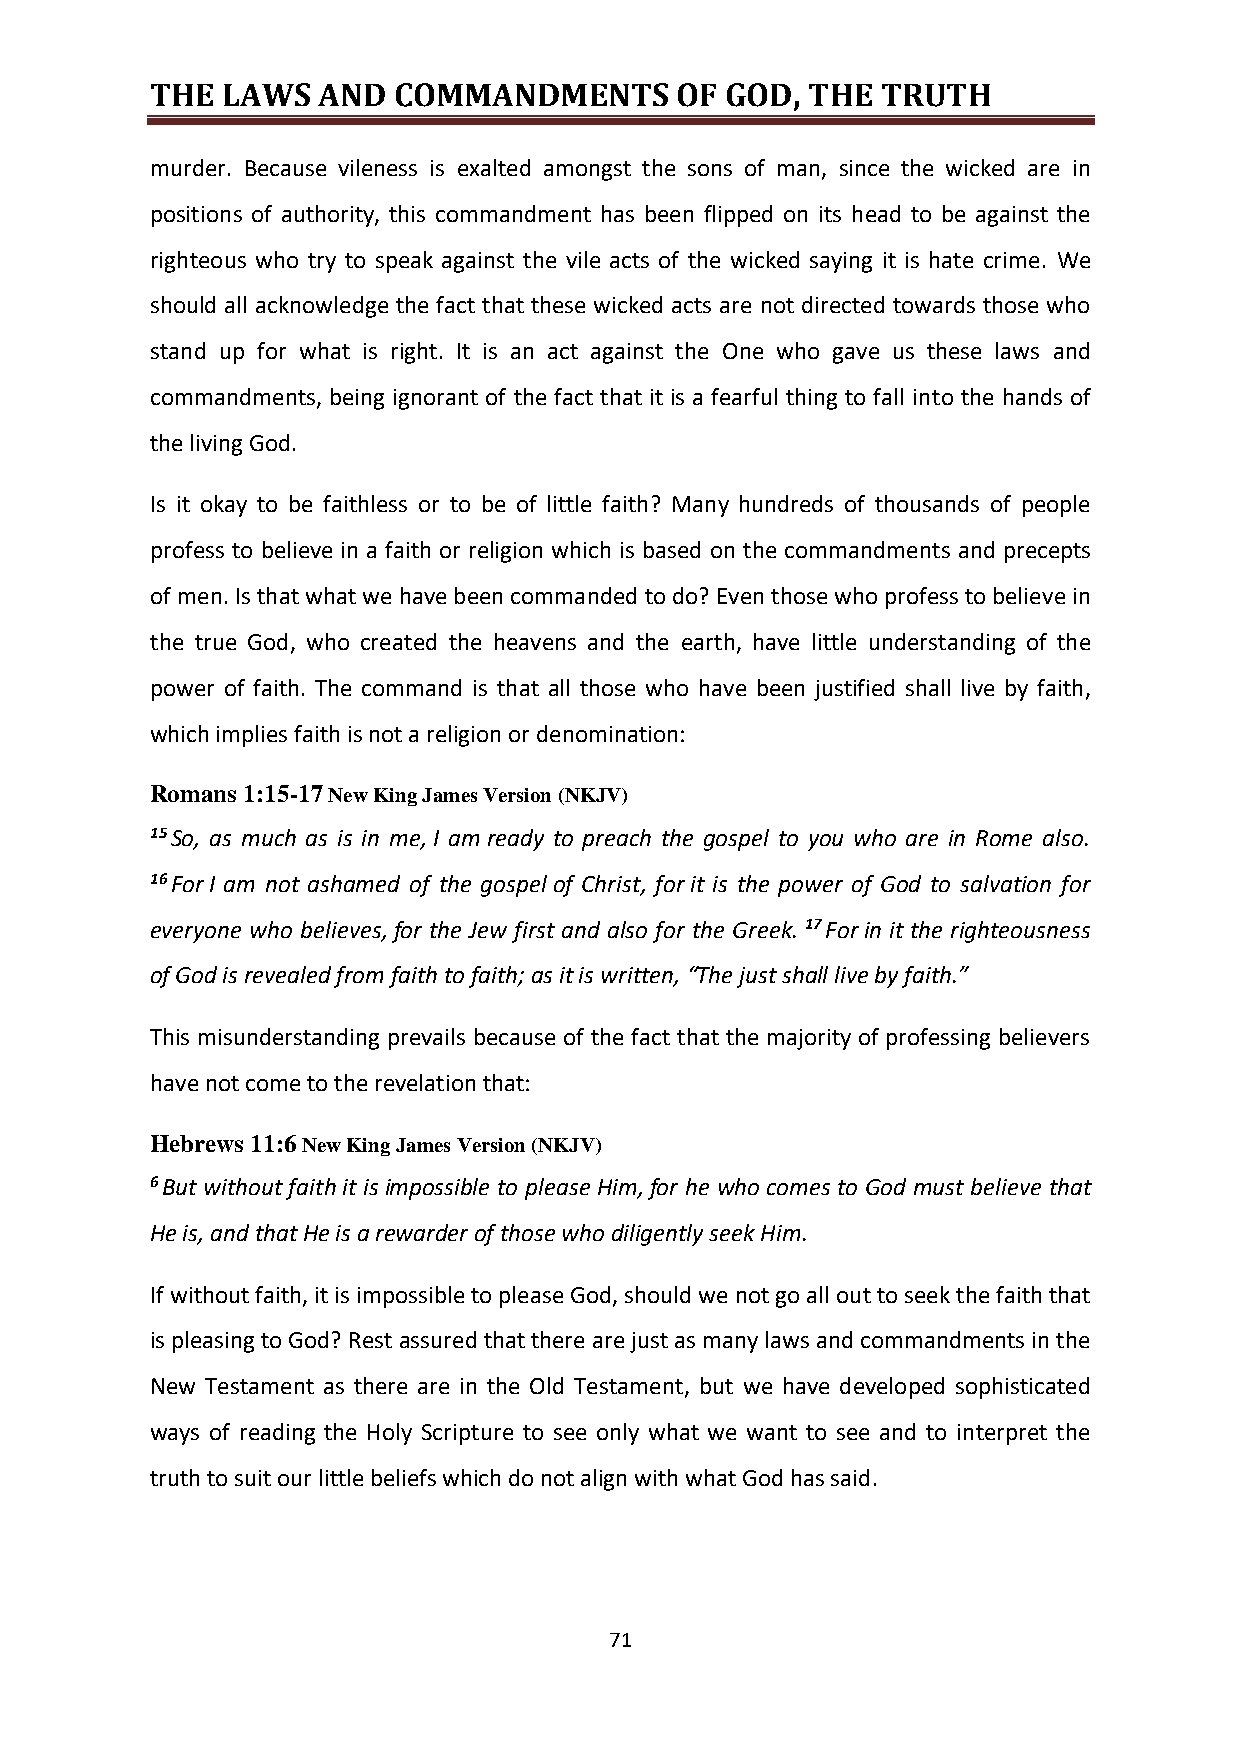
THE  LAWS  AND  COMMANDMENTS       OF GOD, THE  TRUTH
 murder. Because vileness is exalted amongst the sons of man, since the wicked are in
 positions of authority, this commandment has been flipped on its head to be against the
 righteous who try to speak against the vile acts of the wicked saying it is hate crime. We
 should all acknowledge the fact that these wicked acts are not directed towards those who
 stand up for what is right. It is an act against the One who gave us these laws and
 commandments, being ignorant of the fact that it is a fearful thing to fall into the hands of
 the living God.
 Is it okay to be faithless or to be of little faith? Many hundreds of thousands of people
 profess to believe in a faith or religion which is based on the commandments and precepts
 of men. Is that what we have been commanded to do? Even those who profess to believe in
 the true God, who created the heavens and the earth, have little understanding of the
 power of faith. The command is that all those who have been justified shall live by faith,
 which implies faith is not a religion or denomination:
 Romans 1:15-17 New King James Version (NKJV)
 15 So, as much as is in me, I am ready to preach the gospel to you who are in Rome also.
 16 For I am not ashamed of the gospel of Christ, for it is the power of God to salvation for
 everyone who believes, for the Jew first and also for the Greek. 17 For in it the righteousness
 of God is revealed from faith to faith; as it is written, “The just shall live by faith.”
 This misunderstanding prevails because of the fact that the majority of professing believers
 have not come to the revelation that:
 Hebrews 11:6 New King James Version (NKJV)
 6 But without faith it is impossible to please Him, for he who comes to God must believe that
 He is, and that He is a rewarder of those who diligently seek Him.
 If without faith, it is impossible to please God, should we not go all out to seek the faith that
 is pleasing to God? Rest assured that there are just as many laws and commandments in the
 New Testament as there are in the Old Testament, but we have developed sophisticated
 ways of reading the Holy Scripture to see only what we want to see and to interpret the
 truth to suit our little beliefs which do not align with what God has said.
 71